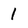
Character: 1